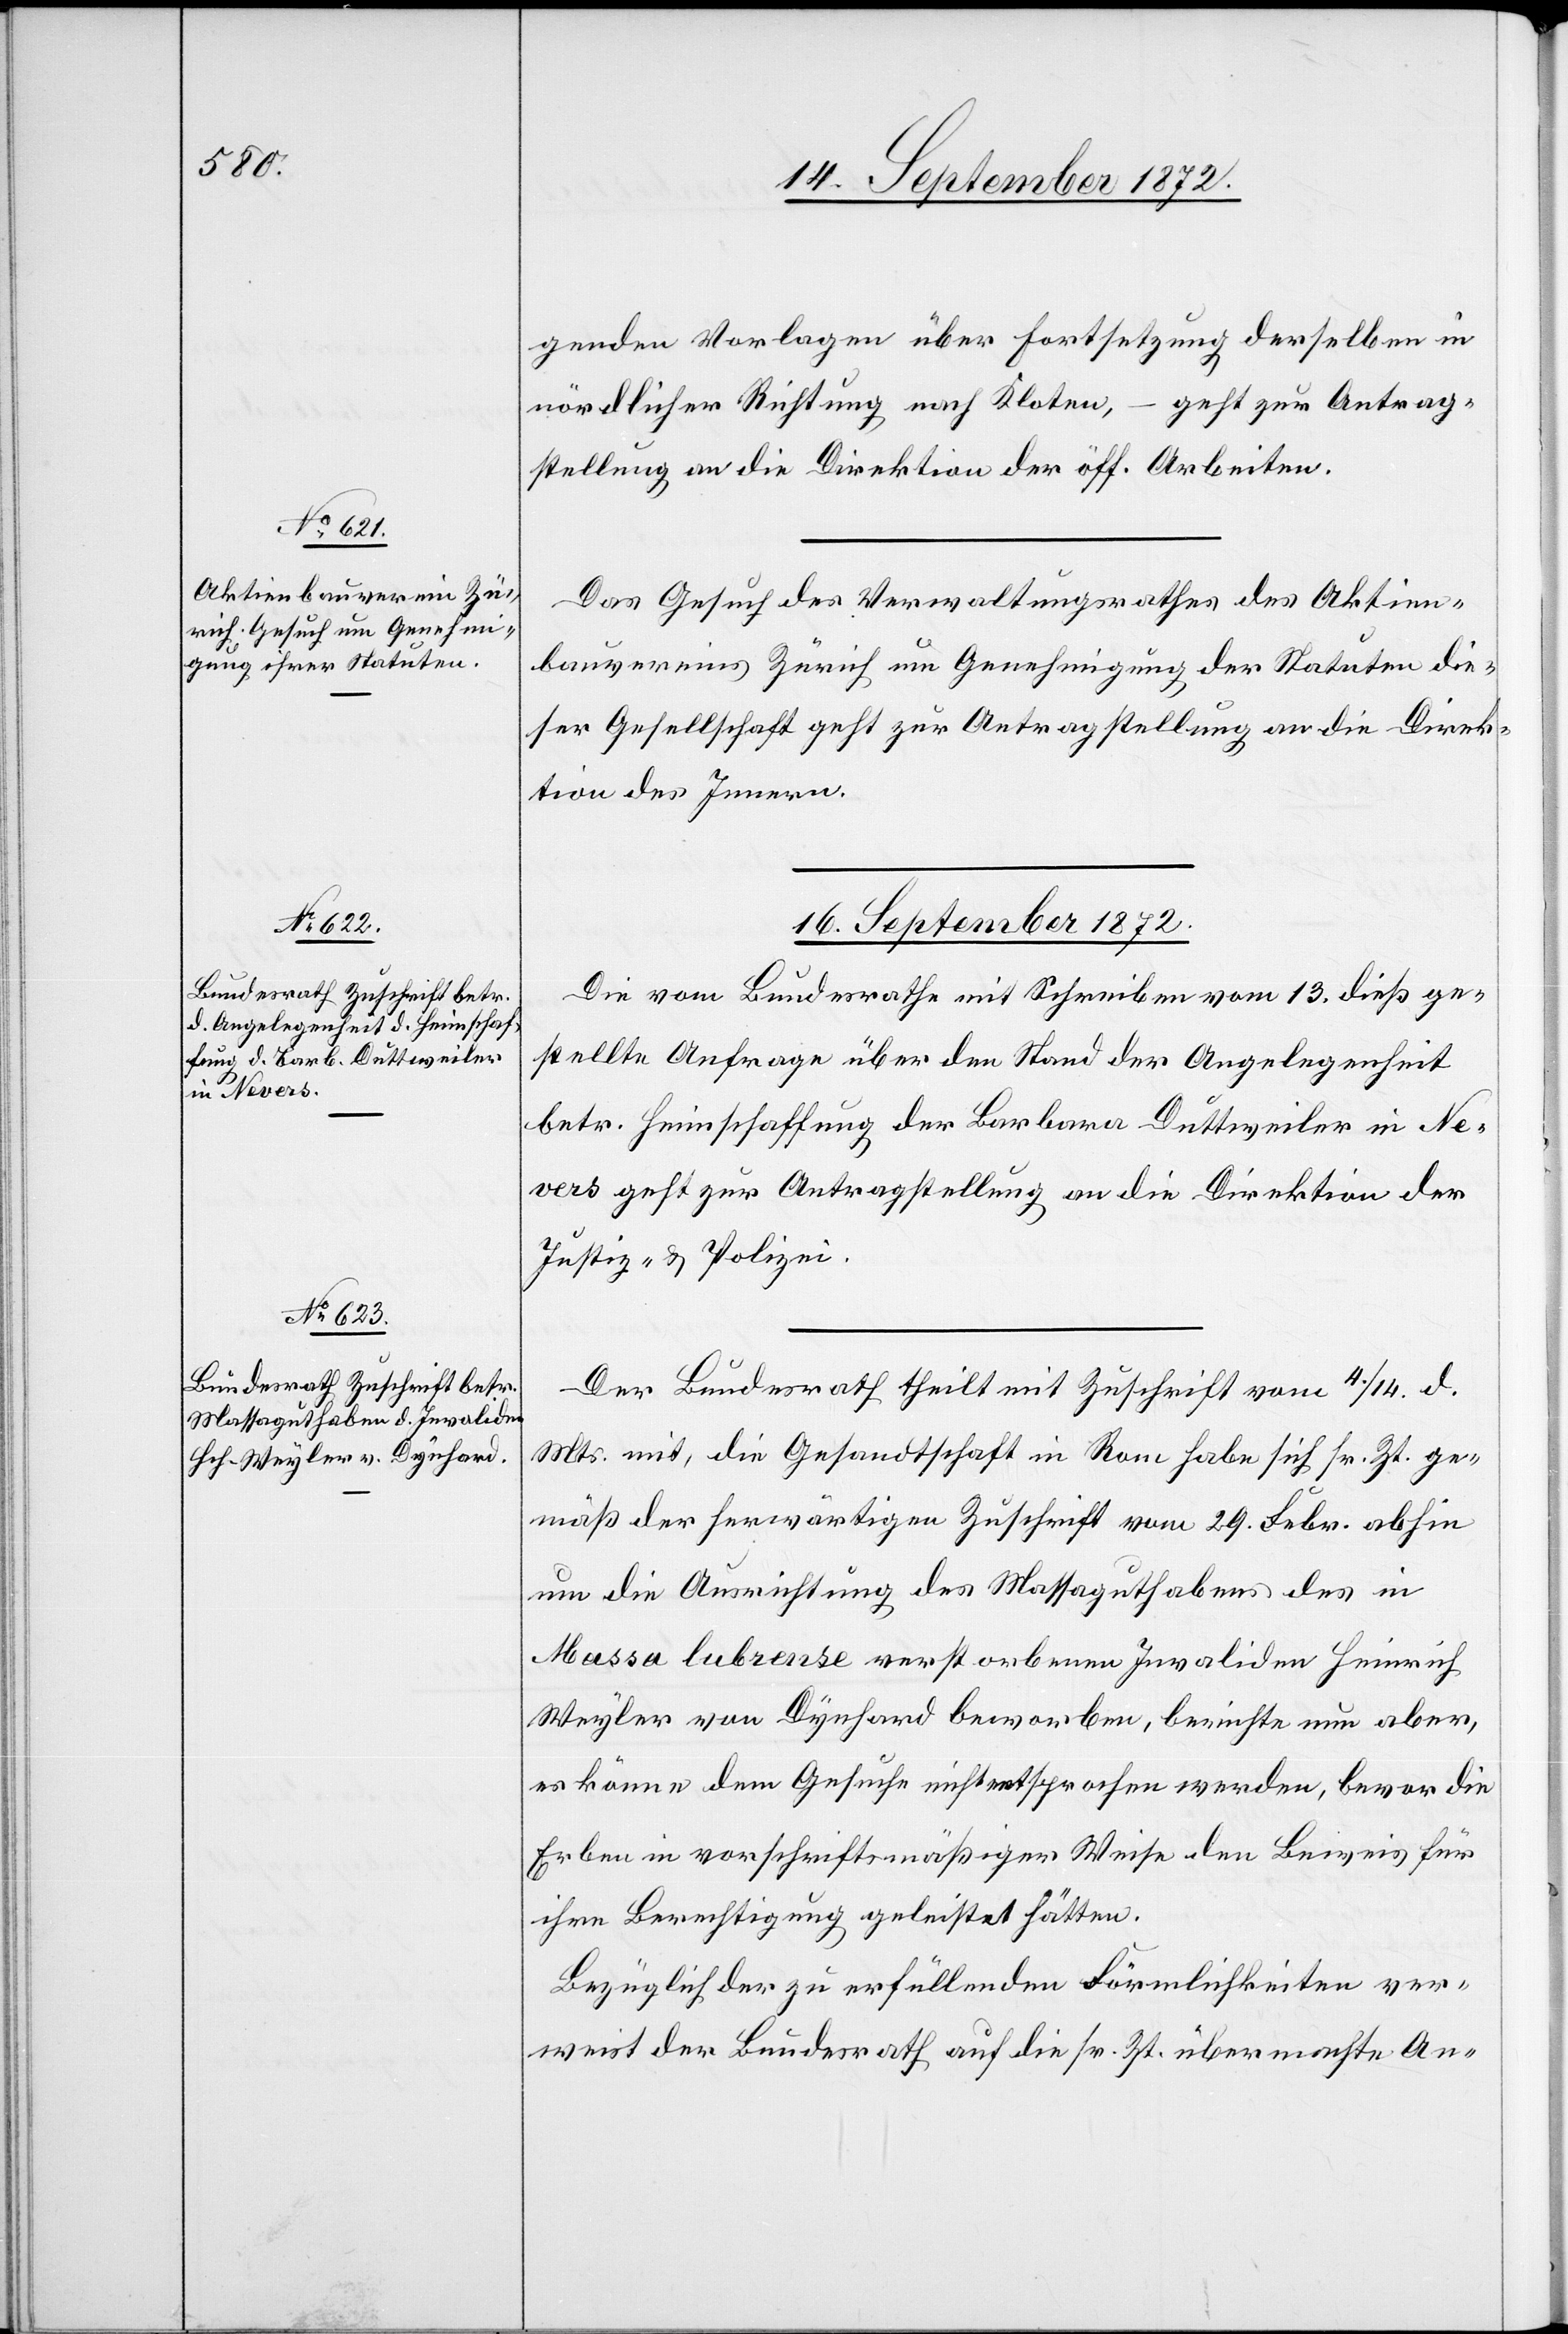
genden Vorlagen über Fortsetzung derselben in
nördlicher Richtung nach Kloten, – geht zur Antrag¬
stellung an die Direktion der öff. Arbeiten.
Das Gesuch des Verwaltungsrathes des Aktien¬
bauvereins Zürich um Genehmigung der Statuten die¬
ser Gesellschaft geht zur Antragstellung an die Direk¬
tion des Innern.
16. September 1872]
Die vom Bundesrathe mit Schreiben vom 13. dieß ge¬
stellte Anfrage über den Stand der Angelegenheit
betr. Heimschaffung der Barbara Düttweiler in Ne¬
vers geht zur Antragstellung an die Direktion der
Justiz u. Polizei.
Der Bundesrath theilt mit Zuschrift vom 4./14. d.
Mts. mit, die Gesandtschaft in Rom habe sich sr. Zt. ge¬
mäß der herwärtigen Zuschrift vom 29. Febr. abhin
um die Ausrichtung des Massaguthabens des in
Massa Lubrense verstorbenen Invaliden Heinrich
Weyler von Dynhard beworben, berichte nun aber,
es könne dem Gesuche nicht entsprochen werden, bevor die
Erben in vorschriftsmäßiger Weise den Beweis für
ihre Berechtigung geleistet hätten.
Bezüglich der zu erfüllenden Förmlichkeiten ver¬
weist der Bundesrath auf die sr. Zt. übermachte An-